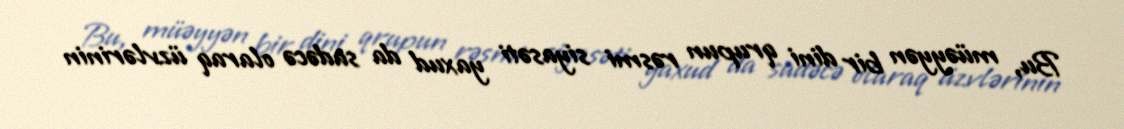
Bu, müəyyən bir dini qrupun rəsmi siyasəti yaxud da sadəcə olaraq üzvlərinin